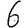
Digit: 6